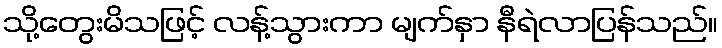
သို့တွေးမိသဖြင့် လန့်သွားကာ မျက်နှာ နီရဲလာပြန်သည်။